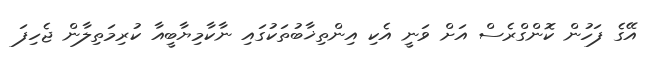
އޭގެ ފަހުން ކޮންގްރެސް އަށް ވަނީ އެކި އިންތިޚާބުތަކުގައި ނާކާމިޔާބީއާ ކުރިމަތިލާން ޖެހިފަ